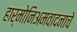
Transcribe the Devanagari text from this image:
हार्मोनिअमवादनाचे